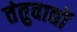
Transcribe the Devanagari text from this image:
तंतुवाद्यों